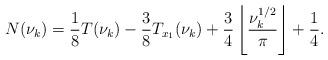
LaTeX: \begin{align*}N(\nu_k) = \frac18 T(\nu_k) - \frac38 T_{x_1}(\nu_k) + \frac34 \left\lfloor \frac{\nu_k^{1/2}}{\pi} \right \rfloor+ \frac14.\end{align*}